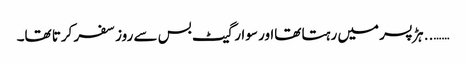
…….. ہڑ پسر میں رہتا تھااور سوارگیٹ بس سے روز سفر کرتا تھا۔